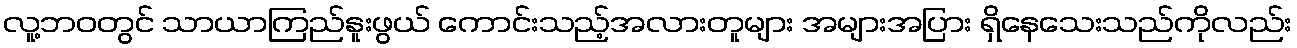
လူ့ဘဝတွင် သာယာကြည်နူးဖွယ် ကောင်းသည့်အလားတူများ အများအပြား ရှိနေသေးသည်ကိုလည်း